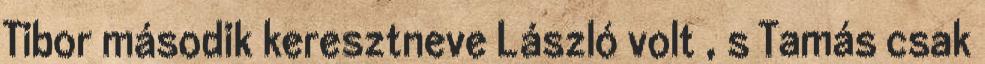
Tibor második keresztneve László volt , s Tamás csak